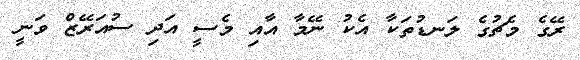
ރޭގެ މެޗުގެ ލަނޑުތަކާ އެކު ނޭމާ އާއި މެސީ އަދި ސުއަރޭޒް ވަނީ